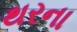
થરના